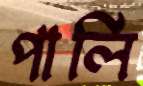
পার্লি